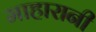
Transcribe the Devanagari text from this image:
माहारानी